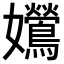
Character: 𡤰